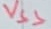
Text: VSS